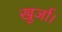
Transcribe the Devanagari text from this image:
खुर्जा।